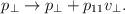
LaTeX: \begin{align*}p_\bot \rightarrow p_\bot + p_{11} v_\bot.\end{align*}